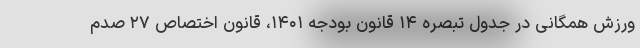
ورزش همگانی در جدول تبصره ۱۴ قانون بودجه ۱۴۰۱، قانون اختصاص ۲۷ صدم